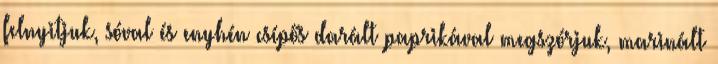
felnyitjuk, sóval és enyhén csípős darált paprikával megszórjuk, marinált